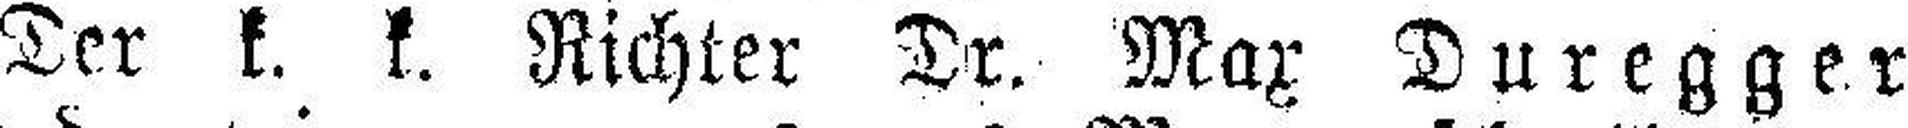
Der k. k. Richter Dr. Max Duregger